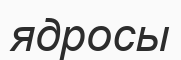
ядросы